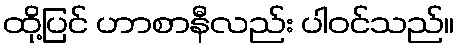
ထို့ပြင် ဟာစာနီလည်း ပါဝင်သည်။